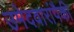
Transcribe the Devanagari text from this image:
उमेदवारांपैकी